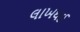
લાખથઈ